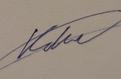
Signature authenticity: genuine